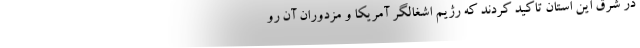
در شرق این استان تاکید کردند که رژیم اشغالگر آمریکا و مزدوران آن رو